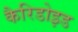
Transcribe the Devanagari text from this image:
कैरिडोइड